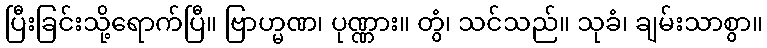
ပြီးခြင်းသို့ရောက်ပြီ။ ဗြာဟ္မဏ၊ ပုဏ္ဏား။ တွံ၊ သင်သည်။ သုခံ၊ ချမ်းသာစွာ။